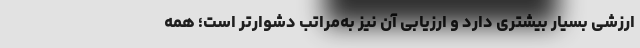
ارزشی بسیار بیشتری دارد و ارزیابی آن نیز به‌مراتب دشوارتر است؛ همه